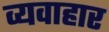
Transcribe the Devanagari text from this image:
व्यवाहार